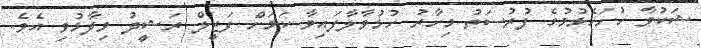
ޝަކުވާ ހުށަހެޅުމުގެ ފުރުސަތު މިހާރު ހުޅުވާލާފައިވާ ކަމަށް ފަޒީލް ރަޝީދު ވިދާޅުވި އެވެ.